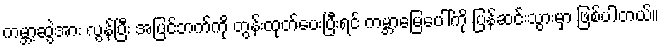
ကမ္ဘာ့ဆွဲအား လွန်ပြီး အပြင်ဘက်ကို တွန်းထုတ်ပေးပြီးရင် ကမ္ဘာမြေပေါ်ကို ပြန်ဆင်းသွားမှာ ဖြစ်ပါတယ်။